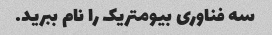
سه فناوری بیومتریک را نام ببرید.